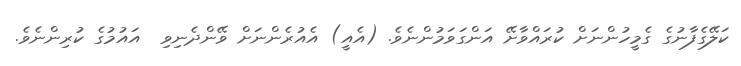
ކަލޭގެފާނުގެ ގެމީހުންނަށް ކުރައްވާށޭ އަންގަވަމުންނެވެ. (އެއީ) އެއުރެންނަށް ވޭންދެނިވި  އައުމުގެ ކުރިންނެވެ.